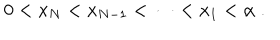
0 < x _ { N } < x _ { N - 1 } < \dots < x _ { 1 } < \alpha \; .